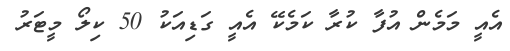
އެއީ މަމެން އުފާ ކުރާ ކަމެކޭ އެއީ ގަޑިއަކު 50 ކިލޯ މީޓަރު